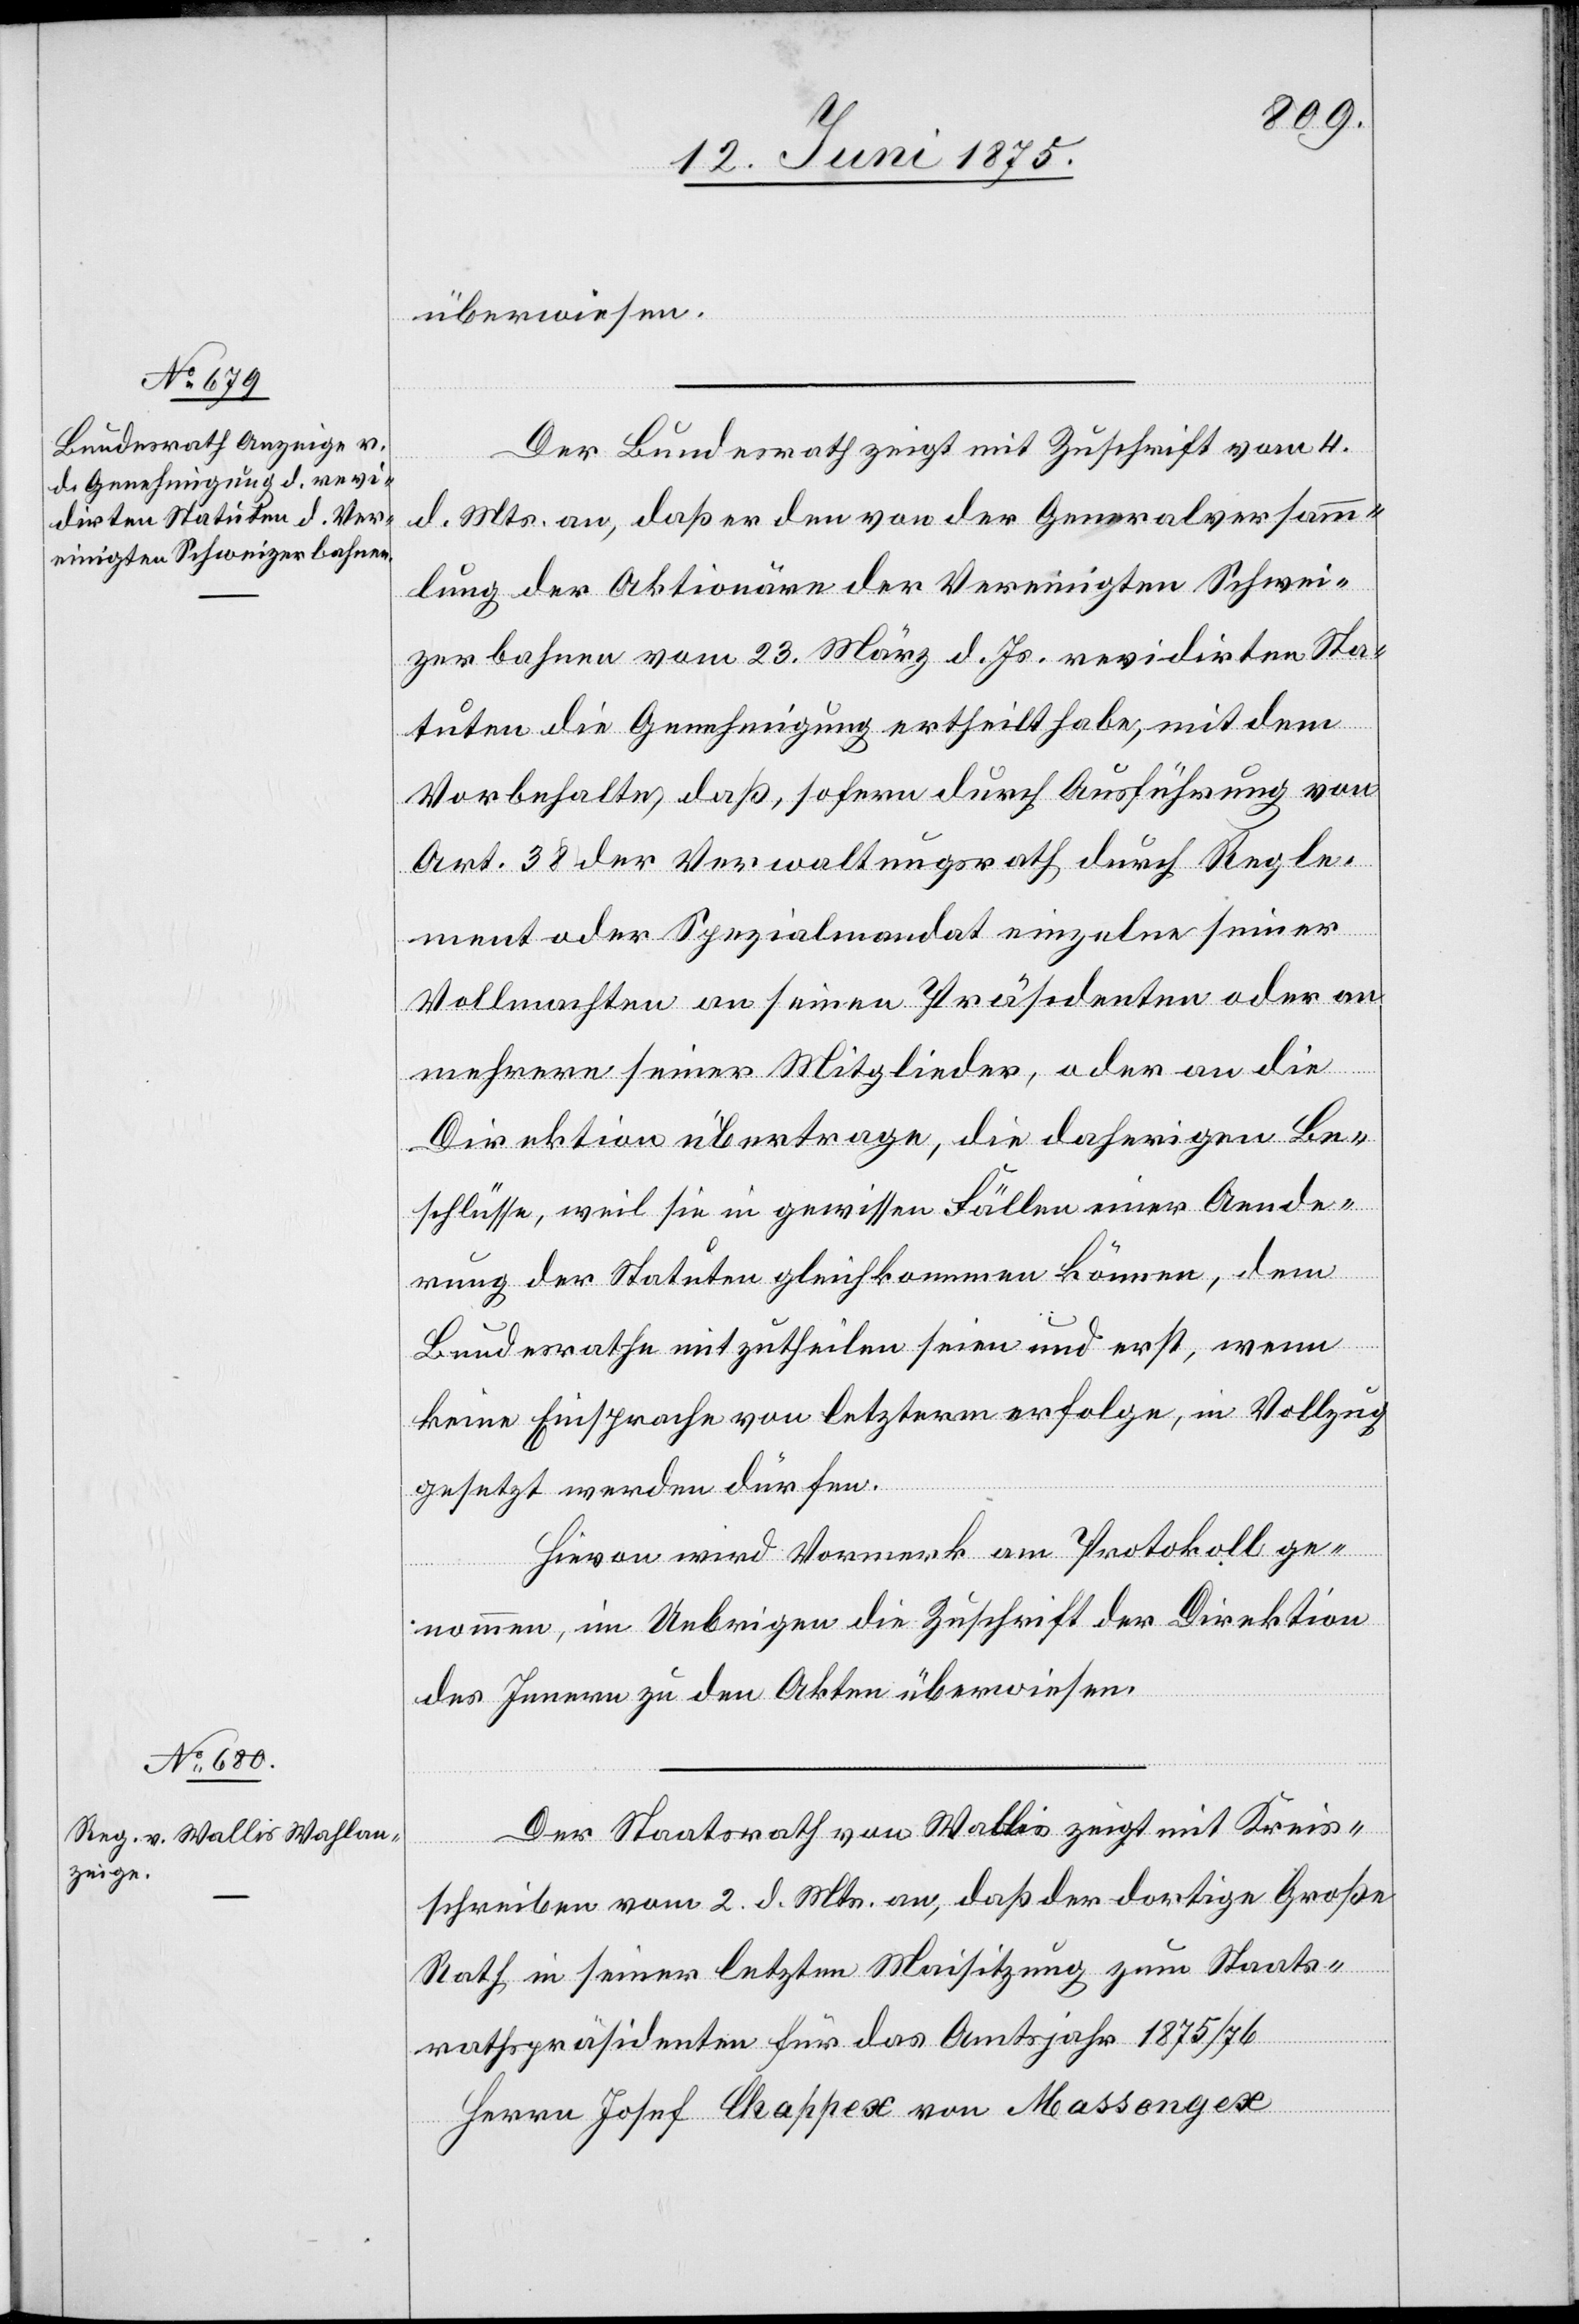
überwiesen.
Der Bundesrath zeigt mit Zuschrift vom 4.
d. Mts. an, daß er den von der Generalversamm¬
lung der Aktionäre der Vereinigten Schwei¬
zerbahnen vom 23. März d. Js. revidirten Sta¬
tuten die Genehmigung ertheilt habe, mit dem
Vorbehalte, daß, sofern durch Ausführung von
Art. 38 der Verwaltungsrath durch Regle¬
ment oder Spezialmandat einzelne seiner
Vollmachten an seinen Präsidenten oder an
mehrere seiner Mitglieder, oder an die
Direktion übertrage, die daherigen Be¬
schlüsse, weil sie in gewissen Fällen einer Aende¬
rung der Statuten gleichkommen können, dem
Bundesrathe mitzutheilen seien und erst, wenn
keine Einsprache von letzterm erfolge, in Vollzug
gesetzt werden dürfen.
Hievon wird Vormerk am Protokoll ge¬
nommen, im Uebrigen die Zuschrift der Direktion
des Innern zu den Akten überwiesen.
Der Staatsrath von Wallis zeigt mit Kreis¬
schreiben vom 2. d. Mts. an, daß der dortige Große
Rath in seiner letzten Maisitzung zum Staats¬
rathspräsidenten für das Amtsjahr 1875/76
Herrn Josef Chappex von Massongex